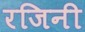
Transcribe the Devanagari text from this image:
रजिनी